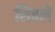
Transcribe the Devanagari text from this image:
सिबले